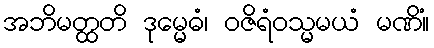
အဘိမတ္ထတိ ဒုမ္မေဓံ၊ ဝဇိရံဝသ္မမယံ မဏိံ။